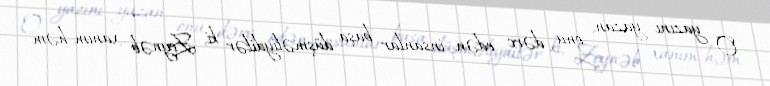
O yazını yazan, onu dərc edən insanlar başa düşməliydilər ki, Zeynəb xanım həm